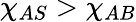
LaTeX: \chi_{AS}>\chi_{AB}